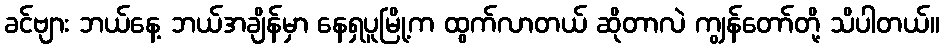
ခင်ဗျား ဘယ်နေ့ ဘယ်အချိန်မှာ နေရှပူမြို့က ထွက်လာတယ် ဆိုတာလဲ ကျွန်တော်တို့ သိပါတယ်။